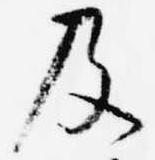
及